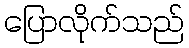
ပြောလိုက်သည်